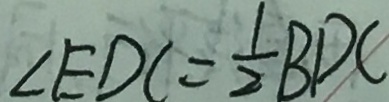
\angle E D C = \frac { 1 } { 2 } B D C